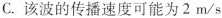
C.该波的传播速度可能为2m/s